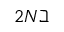
2 N \beth